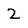
Character: 2